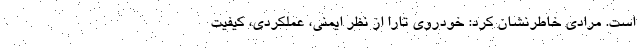
است. مرادی خاطرنشان کرد: خودروی تارا از نظر ایمنی، عملکردی، کیفیت